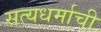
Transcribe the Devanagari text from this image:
सत्यधर्माची